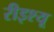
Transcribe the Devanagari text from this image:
रीइश्यू